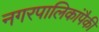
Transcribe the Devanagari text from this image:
नगरपालिकांपैकी